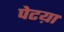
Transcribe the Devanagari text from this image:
पेटय़ा